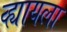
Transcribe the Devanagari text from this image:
व्ह्यायला